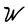
Character: W